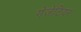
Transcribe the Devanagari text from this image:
गेजेटियर